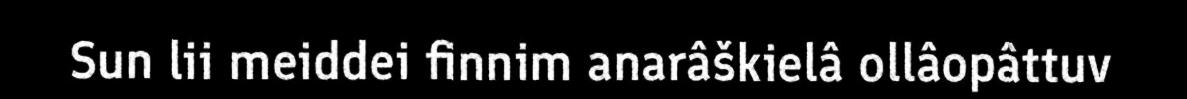
Sun lii meiddei finnim anarâškielâ ollâopâttuv